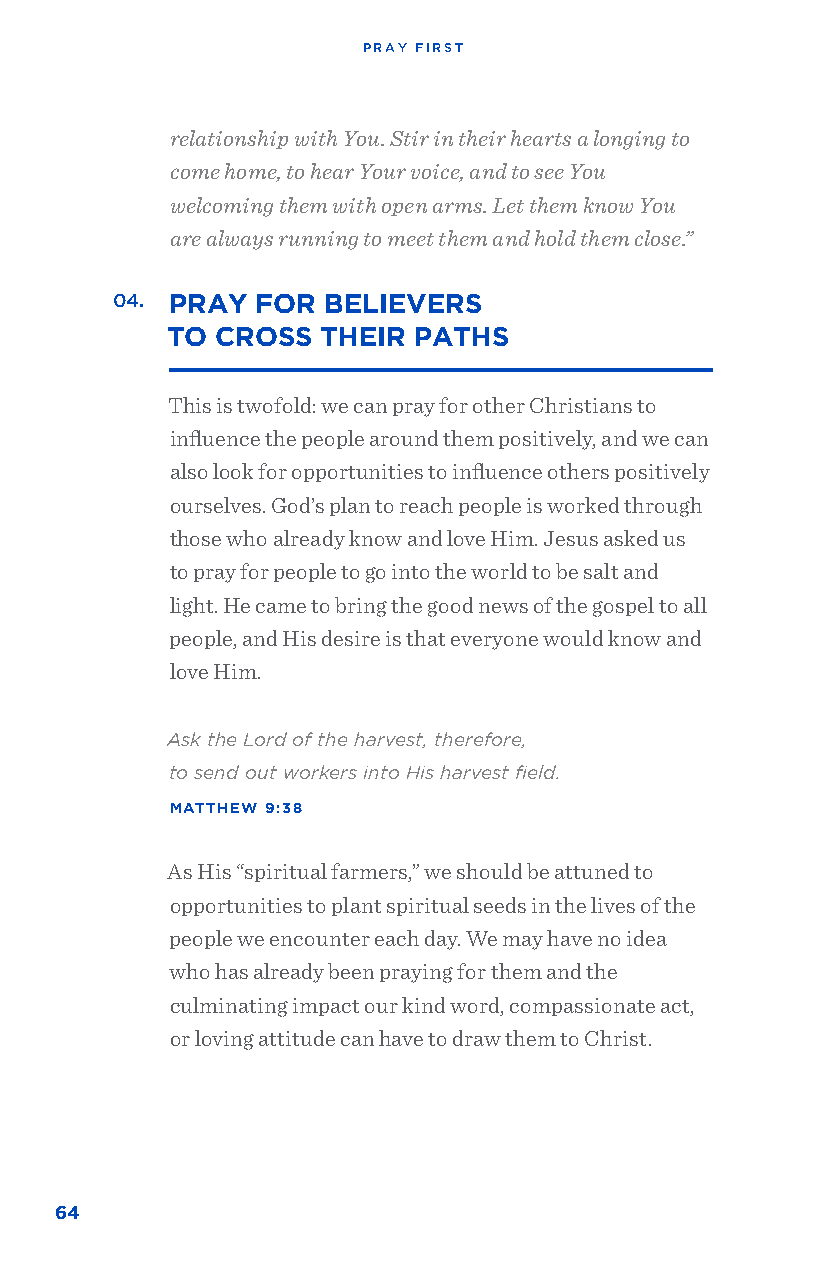
PRAY FIRST
 relationship with You. Stir in their hearts a longing to
 come home, to hear Your voice, and to see You
 welcoming them with open arms. Let them know You
 are always running to meet them and hold them close.”
 04. PRAY  FOR BELIEVERS
 TO CROSS  THEIR PATHS
 This is twofold: we can pray for other Christians to
 influence the people around them positively, and we can
 also look for opportunities to influence others positively
 ourselves. God’s plan to reach people is worked through
 those who already know and love Him. Jesus asked us
 to pray for people to go into the world to be salt and
 light. He came to bring the good news of the gospel to all
 people, and His desire is that everyone would know and
 love Him.
 Ask the Lord of the harvest, therefore,
 to send out workers into His harvest field.
 MATTHEW 9:38
 As His “spiritual farmers,” we should be attuned to
 opportunities to plant spiritual seeds in the lives of the
 people we encounter each day. We may have no idea
 who has already been praying for them and the
 culminating impact our kind word, compassionate act,
 or loving attitude can have to draw them to Christ.
 64